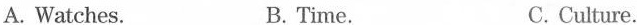
A. Watches. B. Time. C. Culture.